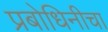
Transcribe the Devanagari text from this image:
प्रबोधिनीचा